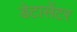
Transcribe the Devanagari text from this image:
डेटासेंटर